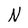
Character: N